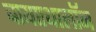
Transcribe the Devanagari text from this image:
बायएथालॉन